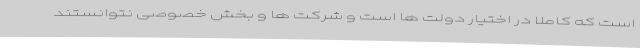
است که کاملا در اختیار دولت‌ ها است و شرکت‌ ها و بخش خصوصی نتوانستند